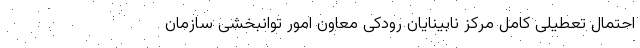
احتمال تعطیلی کامل مرکز نابینایان رودکی معاون امور توانبخشی سازمان